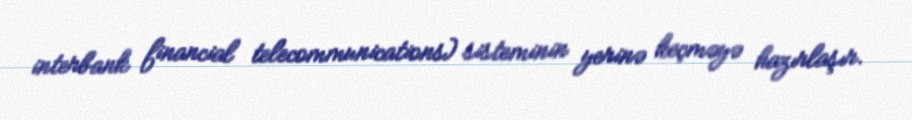
interbank financial telecommunications) sisteminin yerinə keçməyə hazırlaşır.